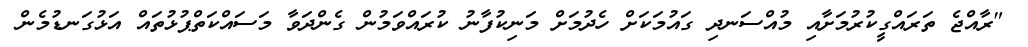
"ރާއްޖެ ތަރައްގީކުރުމަށާއި މުއްސަނދި ގައުމަކަށް ހެދުމަށް މަނިކުފާނު ކުރައްވަމުން ގެންދަވާ މަސައްކަތްޕުޅުތައް އަޅުގަނޑުމެން